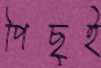
পিছুই